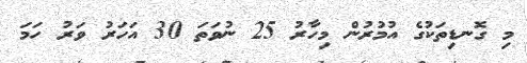
މި ގޮނޑިތަކުގެ އުމުރުން މިހާރު 25 ނުވަތަ 30 އަހަރު ވަރު ހަމަ